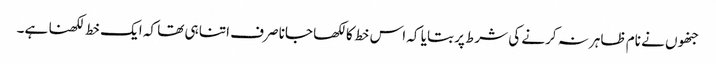
جنھوں نے نام ظاہر نہ کرنے کی شرط پر بتایا کہ اس خط کا لکھا جانا صرف اتنا ہی تھا کہ ایک خط لکھنا ہے۔